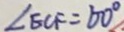
\angle E C F = 6 0 ^ { \circ }